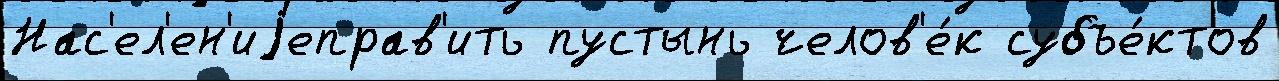
Нас'ел'ен'иjеправ'ить пустынь челов'е́к субъе́ктов